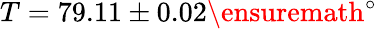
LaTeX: T=79.11\pm 0.02\ensuremath{^\circ}